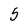
Character: 5